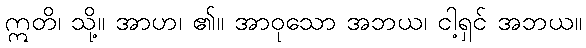
ဣတိ၊ သို့။ အာဟ၊ ၏။ အာဝုသော အဘယ၊ ငါ့ရှင် အဘယ။